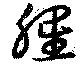
腥